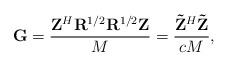
LaTeX: \begin{align*}{\bf G}=\frac{{\bf Z}^H{\bf R}^{1/2}{\bf R}^{1/2}{\bf Z}}{M}= \frac{{\bf \tilde Z}^H{\bf \tilde Z}}{c{M}},\end{align*}